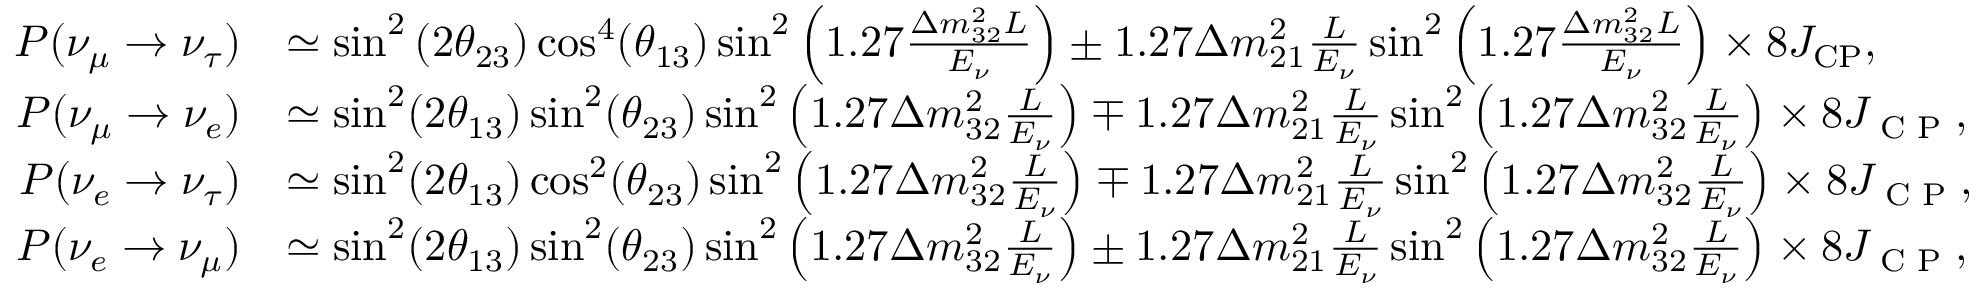
\begin{array} { r l } { P ( \nu _ { \mu } \to \nu _ { \tau } ) } & { \simeq \sin ^ { 2 } \left( 2 \theta _ { 2 3 } \right) \cos ^ { 4 } ( \theta _ { 1 3 } ) \sin ^ { 2 } \left( 1 . 2 7 \frac { \Delta m _ { 3 2 } ^ { 2 } L } { E _ { \nu } } \right) \pm 1 . 2 7 \Delta m _ { 2 1 } ^ { 2 } \frac { L } { E _ { \nu } } \sin ^ { 2 } \left( 1 . 2 7 \frac { \Delta m _ { 3 2 } ^ { 2 } L } { E _ { \nu } } \right) \times 8 J _ { \mathrm { C P } } , } \\ { P ( \nu _ { \mu } \rightarrow \nu _ { e } ) } & { \simeq \sin ^ { 2 } ( 2 \theta _ { 1 3 } ) \sin ^ { 2 } ( \theta _ { 2 3 } ) \sin ^ { 2 } \left( 1 . 2 7 \Delta m _ { 3 2 } ^ { 2 } \frac { L } { E _ { \nu } } \right) \mp 1 . 2 7 \Delta m _ { 2 1 } ^ { 2 } \frac { L } { E _ { \nu } } \sin ^ { 2 } \left( 1 . 2 7 \Delta m _ { 3 2 } ^ { 2 } \frac { L } { E _ { \nu } } \right) \times 8 J _ { \textrm { C P } } , } \\ { P ( \nu _ { e } \rightarrow \nu _ { \tau } ) } & { \simeq \sin ^ { 2 } ( 2 \theta _ { 1 3 } ) \cos ^ { 2 } ( \theta _ { 2 3 } ) \sin ^ { 2 } \left( 1 . 2 7 \Delta m _ { 3 2 } ^ { 2 } \frac { L } { E _ { \nu } } \right) \mp 1 . 2 7 \Delta m _ { 2 1 } ^ { 2 } \frac { L } { E _ { \nu } } \sin ^ { 2 } \left( 1 . 2 7 \Delta m _ { 3 2 } ^ { 2 } \frac { L } { E _ { \nu } } \right) \times 8 J _ { \textrm { C P } } , } \\ { P ( \nu _ { e } \rightarrow \nu _ { \mu } ) } & { \simeq \sin ^ { 2 } ( 2 \theta _ { 1 3 } ) \sin ^ { 2 } ( \theta _ { 2 3 } ) \sin ^ { 2 } \left( 1 . 2 7 \Delta m _ { 3 2 } ^ { 2 } \frac { L } { E _ { \nu } } \right) \pm 1 . 2 7 \Delta m _ { 2 1 } ^ { 2 } \frac { L } { E _ { \nu } } \sin ^ { 2 } \left( 1 . 2 7 \Delta m _ { 3 2 } ^ { 2 } \frac { L } { E _ { \nu } } \right) \times 8 J _ { \textrm { C P } } , } \end{array}